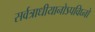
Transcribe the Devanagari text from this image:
सर्वत्राधीयानोऽपविघ्नो